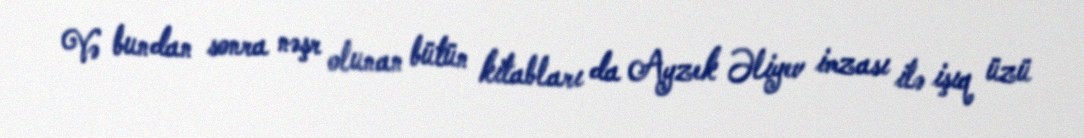
Və bundan sonra nəşr olunan bütün kitabları da Ayzek Əliyev imzası ilə işıq üzü